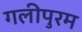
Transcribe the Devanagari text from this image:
गलीपुरम